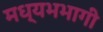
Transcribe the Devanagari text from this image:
मध्यभभागी